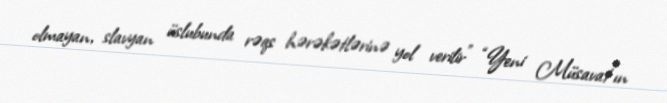
olmayan, slavyan üslubunda rəqs hərəkətlərinə yol verilir” “Yeni Müsavat”ın